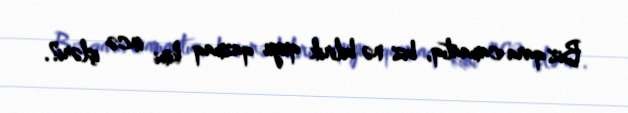
Biz qara camaatıq, biz nə bilirik quyu qazmaq kimi incə işləri?.